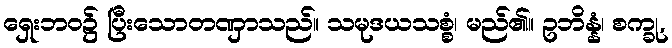
ရှေးဘဝ၌ ပြီးသောတဏှာသည်။ သမုဒယသစ္စံ၊ မည်၏။ ဥဘိန္နံ၊ စက္ခု,